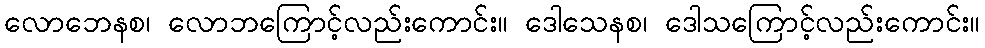
လောဘေနစ၊ လောဘကြောင့်လည်းကောင်း။ ဒေါသေနစ၊ ဒေါသကြောင့်လည်းကောင်း။